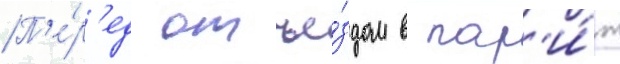
П'е́р'ед отъе́здом в пар'и́ж